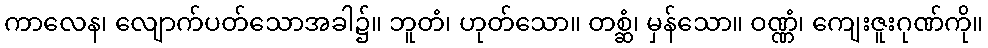
ကာလေန၊ လျောက်ပတ်သောအခါ၌။ ဘူတံ၊ ဟုတ်သော။ တစ္ဆံ၊ မှန်သော။ ဝဏ္ဏံ၊ ကျေးဇူးဂုဏ်ကို။